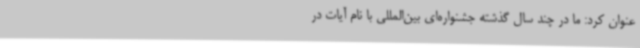
عنوان کرد: ما در چند سال گذشته جشنواره‌ای بین‌المللی با نام آیات در